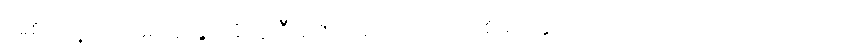
အစိုးရရဲ့ ပြောရေးဆိုခွင့် ရှိသူ ဦးဇော်ဌေးကတော့ အစိုးရ၊ လွှတ်တော်၊ တပ်မတော်တို့ဘက်က